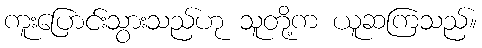
ကူးပြောင်းသွားသည်ဟု သူတို့က ယူဆကြသည်။